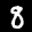
Label: 8